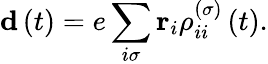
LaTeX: \mathbf{d}\left(t\right)=e\sum_{i\sigma}\mathbf{r}_{i}\rho_{ii}^{\left(\sigma\right)}\left(t\right).